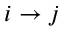
i \to j